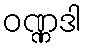
ဝဏ္ဏဒါ